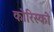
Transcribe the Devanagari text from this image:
कोरिस्को